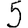
Digit: 5